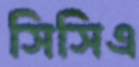
সিসিএ